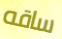
ساقه